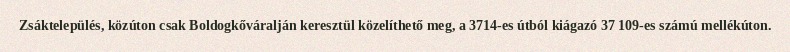
Zsáktelepülés, közúton csak Boldogkőváralján keresztül közelíthető meg, a 3714-es útból kiágazó 37 109-es számú mellékúton.